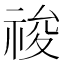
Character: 𥚂